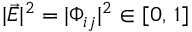
| \vec { E } | ^ { 2 } = | \Phi _ { i j } | ^ { 2 } \in [ 0 , \, 1 ]